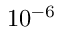
1 0 ^ { - 6 }